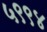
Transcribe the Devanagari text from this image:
५९९४